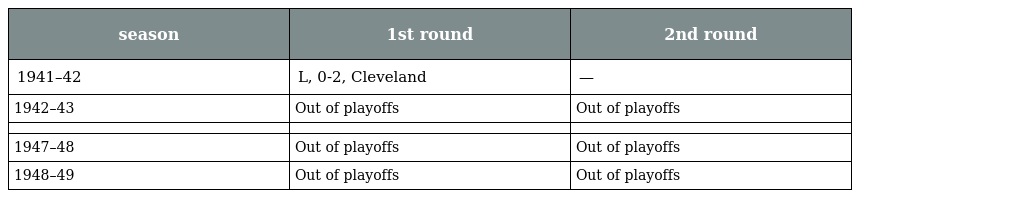
| season | 1st round | 2nd round |
 | --- | --- | --- |
 | 1941–42 | L, 0-2, Cleveland | — |
 | 1942–43 | Out of playoffs | Out of playoffs |
 |  |  |  |
 | 1947–48 | Out of playoffs | Out of playoffs |
 | 1948–49 | Out of playoffs | Out of playoffs |